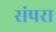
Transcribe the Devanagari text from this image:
संपरा